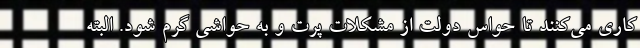
کاری می‌کنند تا حواس دولت از مشکلات پرت و به حواشی گرم شود. البته